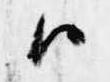
ハ